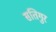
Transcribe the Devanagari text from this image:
सतिगुर